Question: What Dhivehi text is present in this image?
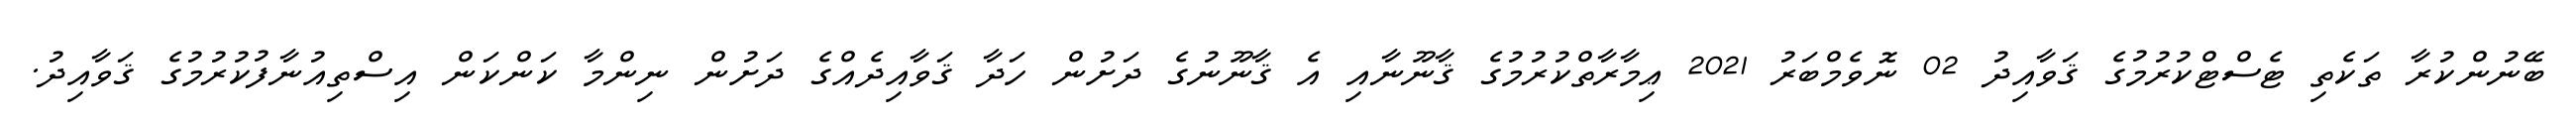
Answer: ބޭނުންކުރާ ތަކެތި ޓެސްޓްކުރުމުގެ ޤަވާއިދު 02 ނޮވެމްބަރު 2021 ޢިމާރާތްކުރުމުގެ ޤާނޫނާއި އެ ޤާނޫނުގެ ދަށުން ހަދާ ޤަވާއިދެއްގެ ދަށުން ނިންމާ ކަންކަން އިސްތިއުނާފުކުރުމުގެ ޤަވާއިދު.